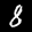
Digit: 8